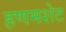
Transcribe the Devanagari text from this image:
हणमशेट